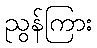
ညွန်ကြား